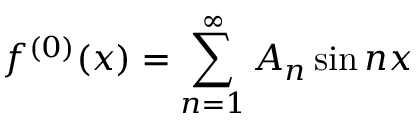
f ^ { ( 0 ) } ( x ) = \sum _ { n = 1 } ^ { \infty } A _ { n } \sin n x